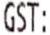
GST: